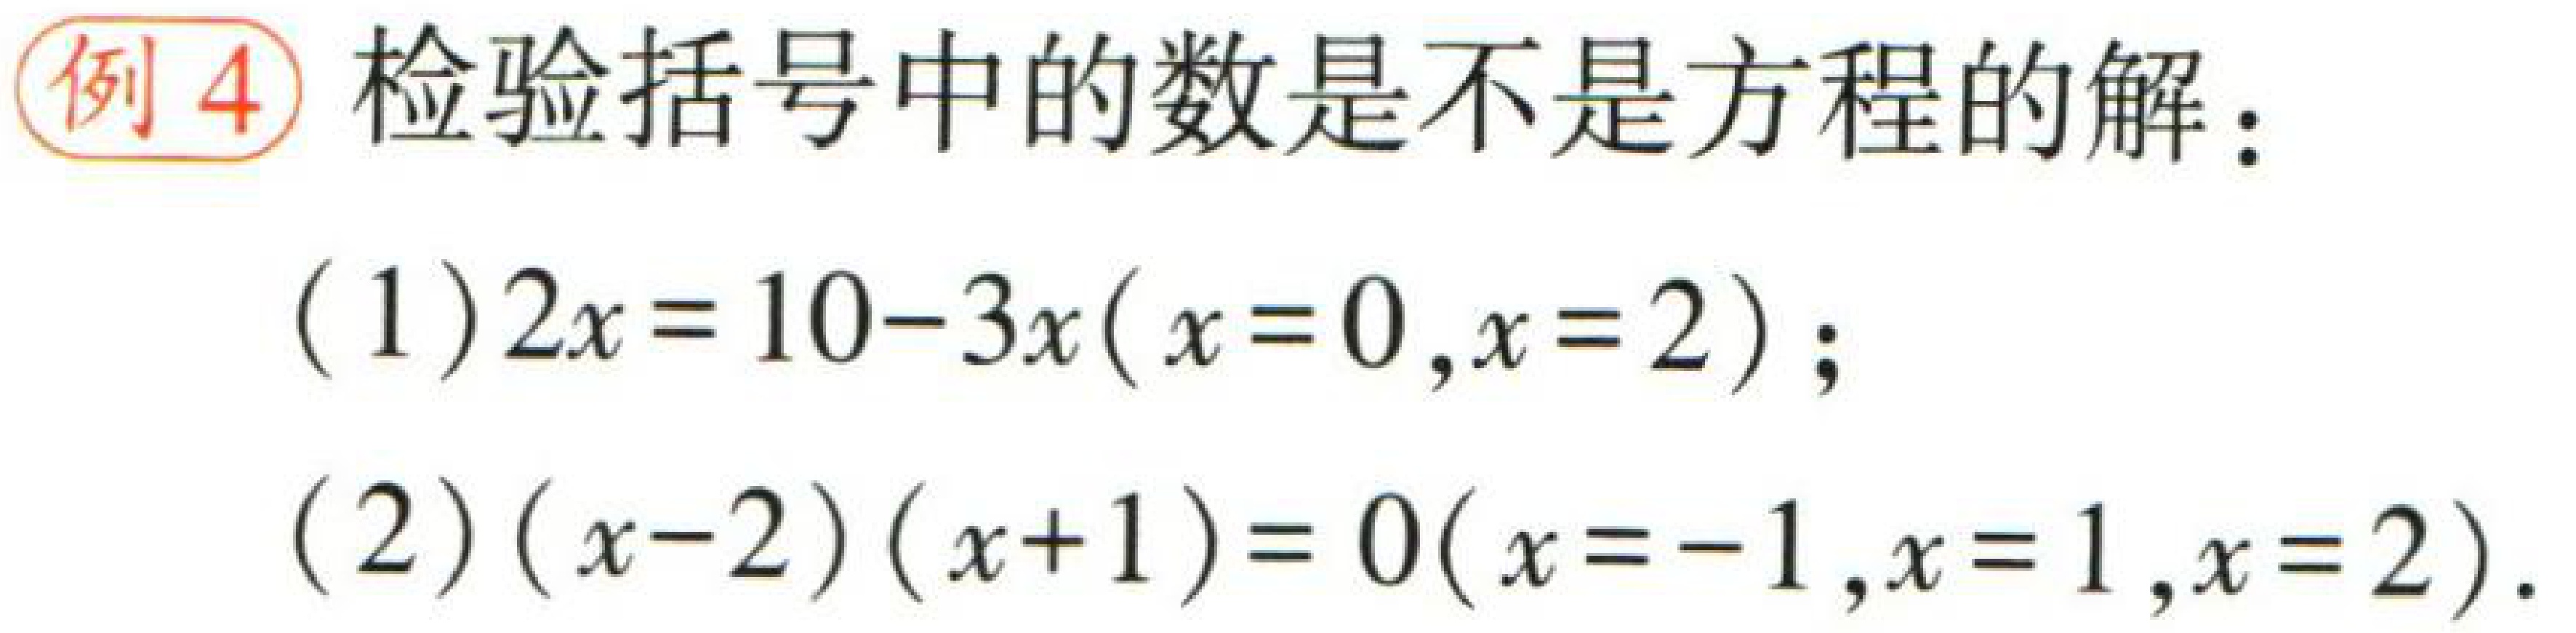
例4 检验括号中的数是不是方程的解：

(1)$2x = 10 - 3x(x = 0,x = 2)$；

(2)$(x - 2)(x + 1)=0(x = - 1,x = 1,x = 2)$.